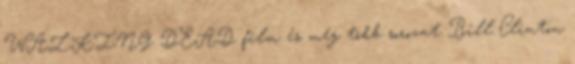
WALKING DEAD film és még több sorozat Bill Clinton